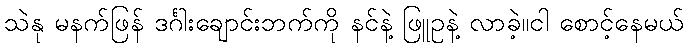
သဲနု မနက်ဖြန် ဒင်္ဂါးချောင်းဘက်ကို နင်နဲ့ ဖြူဥနဲ့ လာခဲ့။ငါ စောင့်နေမယ်